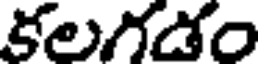
కలగడం